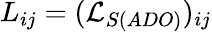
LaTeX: L_{ij}=(\mathcal{L}_{S(ADO)})_{ij}